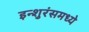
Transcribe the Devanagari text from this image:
इन्शुरंसमध्ये